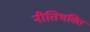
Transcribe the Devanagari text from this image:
नीतिभक्ति